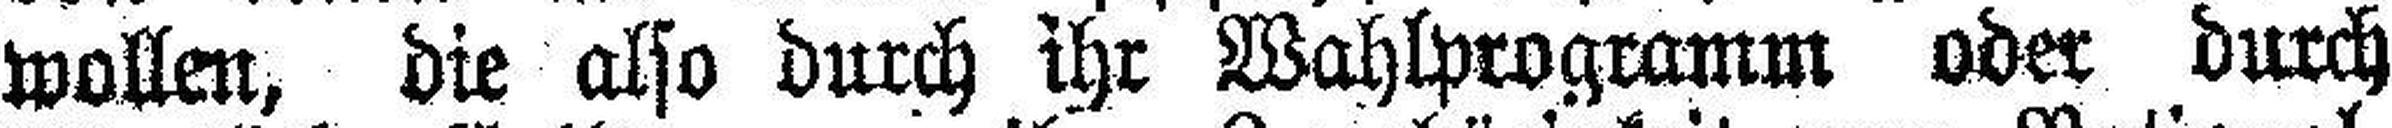
wollen, die also durch ihr Wahlprogramm oder durch